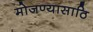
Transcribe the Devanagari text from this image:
मोजण्यासाठि